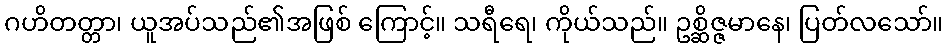
ဂဟိတတ္တာ၊ ယူအပ်သည်၏အဖြစ် ကြောင့်။ သရီရေ၊ ကိုယ်သည်။ ဥစ္ဆိဇ္ဇမာနေ၊ ပြတ်လသော်။